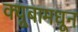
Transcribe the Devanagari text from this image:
क्यूबामधून